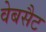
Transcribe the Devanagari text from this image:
वेबसैट